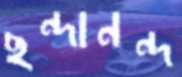
ছন্দানন্দ